Annual vaccination report of Bihar and Orissa - 1911-1928
Year: 1911
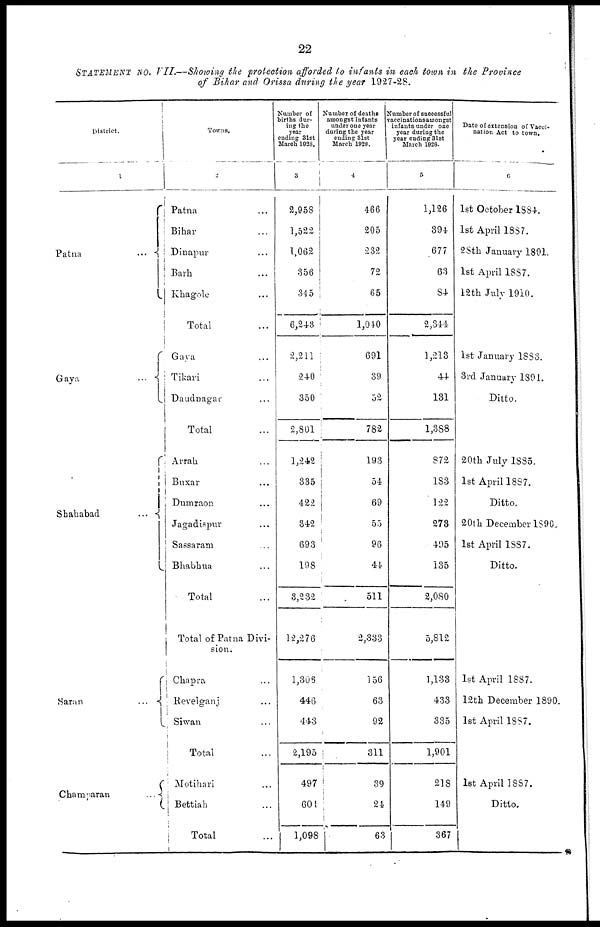
22
STATEMENT NO. VII.—Showing the protection afforded to infants in each town in the Province
of Bihar and Orissa during the year 1927-28.
District.
1
Patna
...
Gaya
...
Shahabad
...
Saran
...
Champaran
...
Towns.
2
Patna ...
Bihar ...
Dinapur ...
Barh ...
Khagole ...
Total ...
Gaya ...
Tikari ...
Daudnagar ...
Total ...
Arrah ...
Buxar ...
Dumraon ...
Jagadispur ...
Sassaram ...
Bhabhua ...
Total ...
Total of Patna Divi-
sion.
Chapra ...
Revelganj ...
Siwan ...
Total ...
Motihari ...
Bettiah ...
Total ...
Number of
births dur-
ing the
year
ending 31st
March 1928.
3
2,958
1,522
1,062
356
345
6,243
2,211
240
350
2,801
1,242
335
422
342
693
198
3,232
12,276
1,306
446
443
2,195
497
601
1,098
Number of deaths
amongst infants
under one year
during the year
ending 31st
March 1928.
4
466
205
232
72
65
1,040
691
39
52
782
193
54
69
55
96
44
511
2,333
156
63
92
311
39
24
63
Number of successful
vaccinations amongst
infants under one
year during the
year ending 31st
March 1928.
5
1,126
394
677
63
84
2,344
1,213
44
131
1,388
872
183
122
273
495
135
2,080
5,812
1,133
433
335
1,901
218
149
367
Date of extension of Vacci-
nation Act to town.
6
1st October 1884.
1st April 1887.
28th January 1891.
1st April 1887.
12th July 1910.
1st January 1883.
3rd January 1891.
Ditto.
20th July 1885.
1st April 1887.
Ditto.
20th December 1890.
1st April 1887.
Ditto.
1st April 1887.
12th December 1890.
1st April 1887.
1st April 1887.
Ditto.